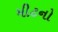
મીટનો